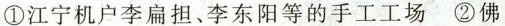
①江宁机户李扁担、李东阳等的手工工场 ②佛